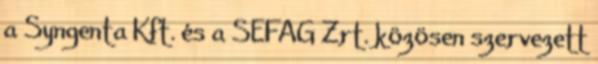
a Syngenta Kft. és a SEFAG Zrt. közösen szervezett